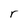
Character: r